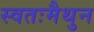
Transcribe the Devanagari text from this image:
स्वतःमैथुन